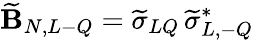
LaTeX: \widetilde{\mathbf B}_{N,L-Q}=\widetilde\sigma_{LQ}\, \widetilde\sigma_{L,-Q}^{*}